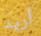
أريد